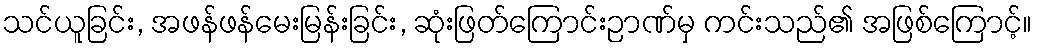
သင်ယူခြင်း, အဖန်ဖန်မေးမြန်းခြင်း, ဆုံးဖြတ်ကြောင်းဉာဏ်မှ ကင်းသည်၏ အဖြစ်ကြောင့်။